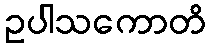
ဥပါသကောတိ